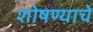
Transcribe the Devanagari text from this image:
शोषण्याचे